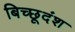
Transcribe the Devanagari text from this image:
बिच्छूदंश